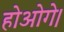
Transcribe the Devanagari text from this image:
होओगे।